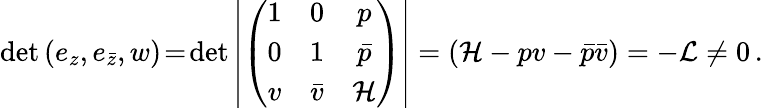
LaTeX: \operatorname*{det}{(e_{z},e_{\bar{z}},w)}\! =\! \operatorname*{det}\left|\left(\begin{array}{ccc}{{1}}&{{0}}&{{p}}\\ {{0}}&{{1}}&{{\bar{p}}}\\ {{v}}&{{\bar{v}}}&{{{\cal H}}}\end{array}\right)\right|=\left({\cal H}-pv-\bar{p}\bar{v}\right)=-{\cal L}\neq 0\, .